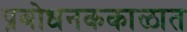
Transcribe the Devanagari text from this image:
प्रबोधनककाळात